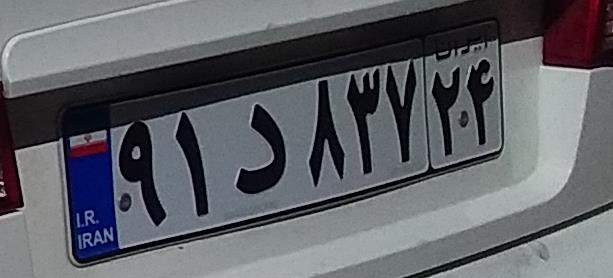
۹۱د۸۳۷۲۴